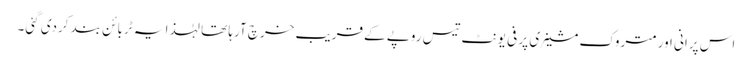
اس پرانی اور متروک مشینری پر فی یونٹ تیس روپے کے قریب خرچ آرہا تھا لہٰذا یہ ٹربائن بند کردی گئی۔